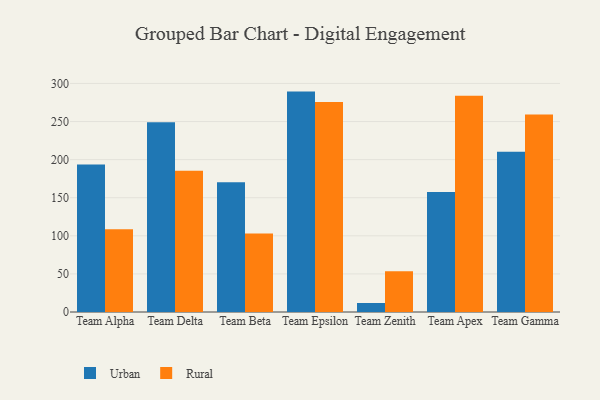
{"axis": {"x": "Team", "y": "Bounce Rate (%)"}, "legend": ["Rural", "Urban"], "data": [{"x": "Team Alpha", "y": 193.6, "type": "Urban"}, {"x": "Team Alpha", "y": 108.7, "type": "Rural"}, {"x": "Team Delta", "y": 249.1, "type": "Urban"}, {"x": "Team Delta", "y": 185.4, "type": "Rural"}, {"x": "Team Beta", "y": 170.2, "type": "Urban"}, {"x": "Team Beta", "y": 103.2, "type": "Rural"}, {"x": "Team Epsilon", "y": 289.3, "type": "Urban"}, {"x": "Team Epsilon", "y": 275.6, "type": "Rural"}, {"x": "Team Zenith", "y": 11.8, "type": "Urban"}, {"x": "Team Zenith", "y": 53.5, "type": "Rural"}, {"x": "Team Apex", "y": 157.4, "type": "Urban"}, {"x": "Team Apex", "y": 283.7, "type": "Rural"}, {"x": "Team Gamma", "y": 210.2, "type": "Urban"}, {"x": "Team Gamma", "y": 259.4, "type": "Rural"}]}